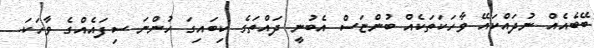
ބޭބެއެއް ނުދައްކައޭ ވާހަކަތަކެއް ބުންޏަސް އެބުނީ ދައްތަގެ ކިބައިގަ ހުންނަ ސިފައެއްގެ ވާހަކަ.